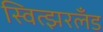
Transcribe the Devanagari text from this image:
स्वित्झरलँड